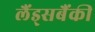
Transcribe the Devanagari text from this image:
लैंड्सबैंकी